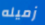
زميله